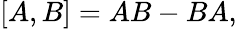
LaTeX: [A,B]=AB-BA,